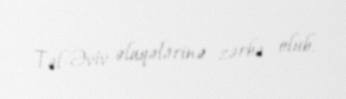
Təl-Əviv əlaqələrinə zərbə olub.